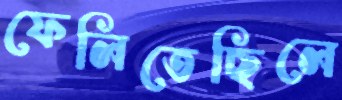
ফেলিতেছিলে